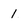
Character: 1